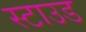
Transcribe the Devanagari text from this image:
स्टाउड